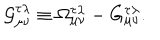
{ \cal G } _ { \mu \nu } ^ { \tau \lambda } \equiv \Omega _ { \mu \nu } ^ { \tau \lambda } - G _ { \mu \nu } ^ { \tau \lambda } .